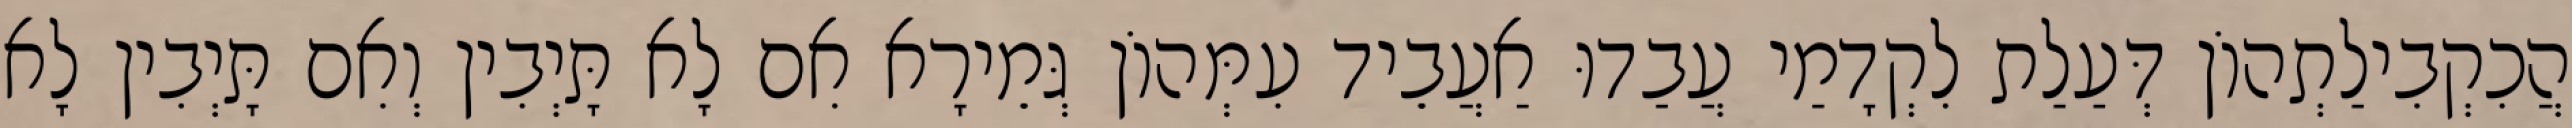
הֲכִקְבִילַתְהוֹן דְּעַלַת לִקְדָמַי עֲבַדוּ אַעֲבֵיד עִמְּהוֹן גְּמֵירָא אִם לָא תָּיְבִין וְאִם תָּיְבִין לָא